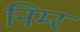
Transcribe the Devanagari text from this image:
निम्‍र